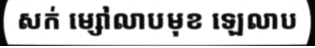
សក់ ម្សៅលាបមុខ ឡេលាប